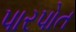
પારપોત